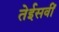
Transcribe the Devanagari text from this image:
तेईसवीं